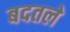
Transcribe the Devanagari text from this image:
बदतले